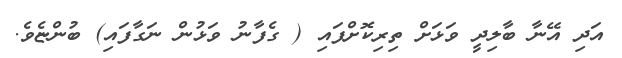
އަދި އޭނާ ބާލިދީ ވަޅަށް ތިރިކޮށްފައި ( ގެފާނު ވަޅުން ނަގާފައި) ބުންޏެވެ.